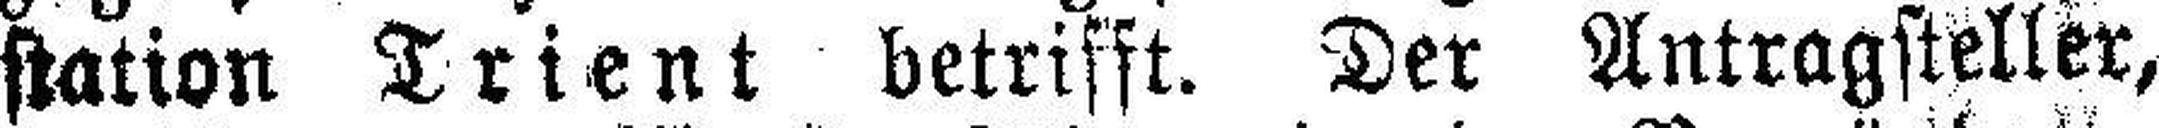
station Trient betrifft. Der Antragsteller,